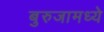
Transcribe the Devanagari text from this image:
बुरुजामध्ये